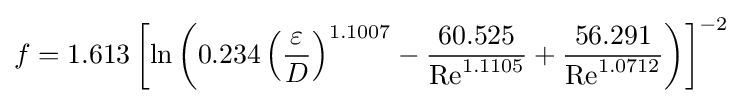
f=1.613\left[\ln \left(0.234\left({\frac {\varepsilon }{D}}\right)^{1.1007}-{\frac {60.525}{\mathrm {Re} ^{1.1105}}}+{\frac {56.291}{\mathrm {Re} ^{1.0712}}}\right)\right]^{-2}